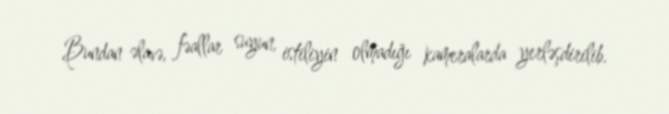
Bundan əlavə, fəallar suyun, istiliyin olmadığı kameralarda yerləşdirilib.